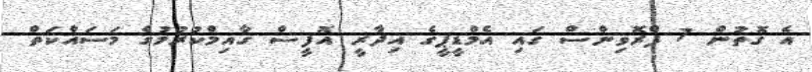
އެ ގޮތުން 7 ޕްރޮވިންސް ގައި އެމްޑީޕީގެ އިދާރީ އޮފީސް ގާއިމްކުރުމުގެ މަސައްކަތް